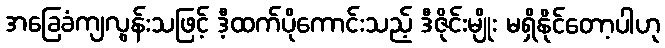
အခြေခံကျလွန်းသဖြင့် ဒီ့ထက်ပိုကောင်းသည့် ဒီဇိုင်းမျိုး မရှိနိုင်တော့ပါဟု